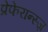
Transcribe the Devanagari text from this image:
प्रेफेरान्स्ज़